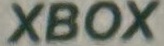
XBOX